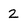
Character: 2